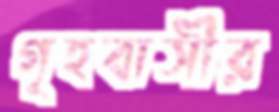
গৃহবাসীর